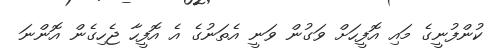
ކުންފުނީގެ މައި އޮފީހަށް ވަގުން ވަނީ އެތަނުގެ އެ އޮފީހާ ޖެހިގެން އޮންނަ